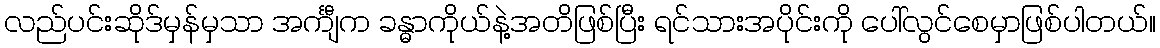
လည်ပင်းဆိုဒ်မှန်မှသာ အင်္ကျီက ခန္ဓာကိုယ်နဲ့အတိဖြစ်ပြီး ရင်သားအပိုင်းကို ပေါ်လွင်စေမှာဖြစ်ပါတယ်။